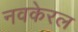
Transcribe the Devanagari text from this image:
नवकेरल